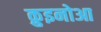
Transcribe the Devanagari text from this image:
क़ुइनोआ